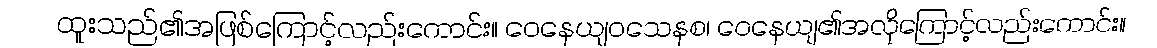
ထူးသည်၏အဖြစ်ကြောင့်လည်းကောင်း။ ဝေနေယျဝသေနစ၊ ဝေနေယျ၏အလိုကြောင့်လည်းကောင်း။